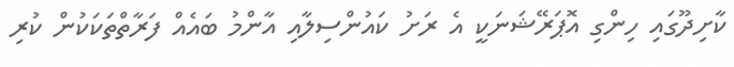
ކާށިދޫގައި ހިންގި އޮޕަރޭޝަނަކީ އެ ރަށު ކައުންސިލާއި އާންމު ބައެއް ފަރާތްތަކަކުން ކުރި